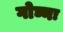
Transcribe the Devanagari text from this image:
गोघ्नः